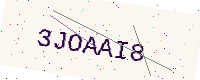
Text: 3JOAAI8